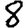
Digit: 8